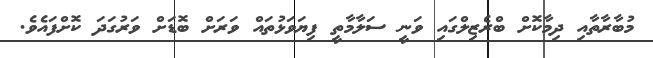
މުބާރާތާއި ދިމާކޮށް ބްރެޒިލްގައި ވަނީ ސަލާމާތީ ފިޔަވަޅުތައް ވަރަށް ބޮޑަށް ވަރުގަދަ ކޮށްފައެވެ.